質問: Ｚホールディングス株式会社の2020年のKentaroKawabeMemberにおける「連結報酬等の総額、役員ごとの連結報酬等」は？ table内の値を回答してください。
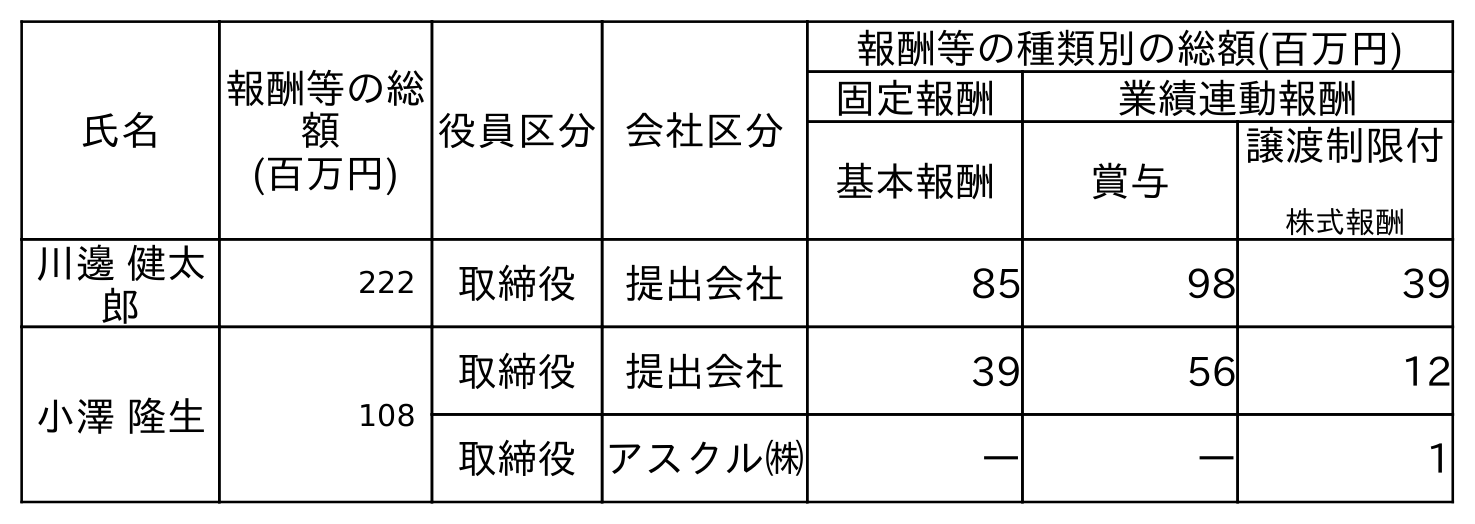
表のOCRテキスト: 氏名 報酬等の総 額 (百万円) 役員区分会社区分 報酬等の種類別の総額(百万円) 固定報酬 業績連動報酬 基本報酬 賞与 譲渡制限付 株式報酬 川邊 健太 郎 222 取締役 提出会社 85 98 39 小澤 隆生 108 取締役 提出会社 39 56 12 取締役アスクル㈱ ― ― 1
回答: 222